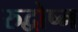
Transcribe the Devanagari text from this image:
रुद्वोष्म